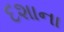
દશાના